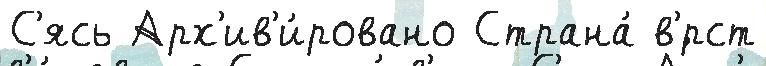
С'ясь Арх'ив'и́ровано Страна́ в'́рст